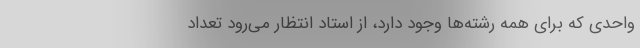
واحدی که برای همه رشته‌ها وجود دارد، از استاد انتظار می‌رود تعداد